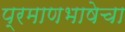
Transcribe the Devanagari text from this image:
प्रमाणभाषेचा